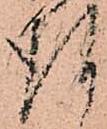
謹